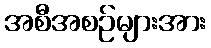
အစီအစဉ်များအား